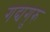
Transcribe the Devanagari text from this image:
गद्यगुरु